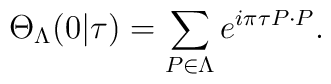
\Theta_{\Lambda}(0|\tau)=\sum_{P\in\Lambda}e^{i\pi\tau P\cdot P}.